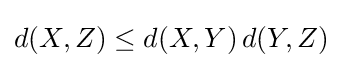
d(X,Z)\leq d(X,Y)\,d(Y,Z)